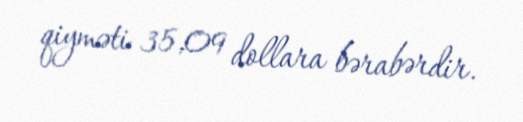
qiyməti 35,09 dollara bərabərdir.